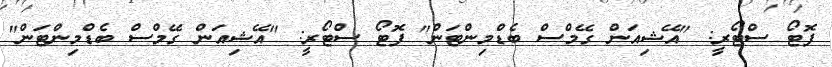
ފޮޓޯ ސްޓޯރީ: "އޭޝިއަން ގޭމްސް ބެޑްމިންޓަން" ފޮޓޯ ސްޓޯރީ: "އޭޝިއަން ގޭމްސް ބެޑްމިންޓަން"